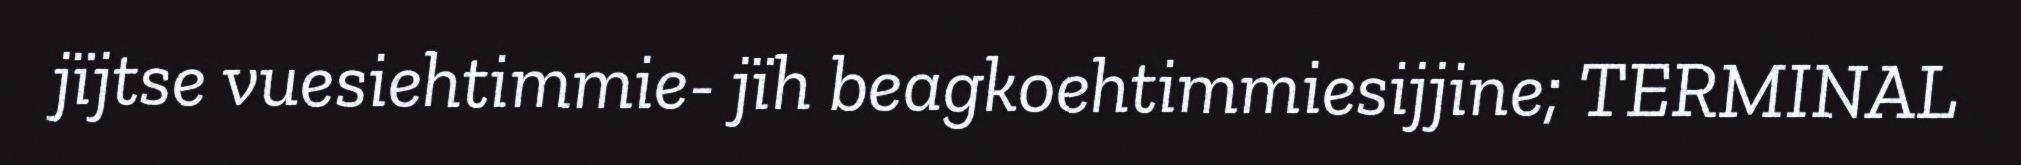
jïjtse vuesiehtimmie- jïh beagkoehtimmiesijjine; TERMINAL